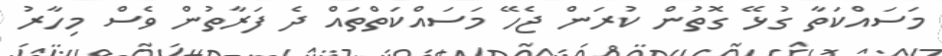
މަސައްކަތާ ގުޅޭ ގޮތުން ކުރަން ޖެހޭ މަސައްކަތްތައް ދެ ފަރާތުން ވެސް މިހާރު